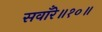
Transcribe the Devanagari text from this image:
सवाँरे॥१०॥